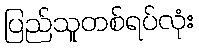
ပြည်သူတစ်ရပ်လုံး